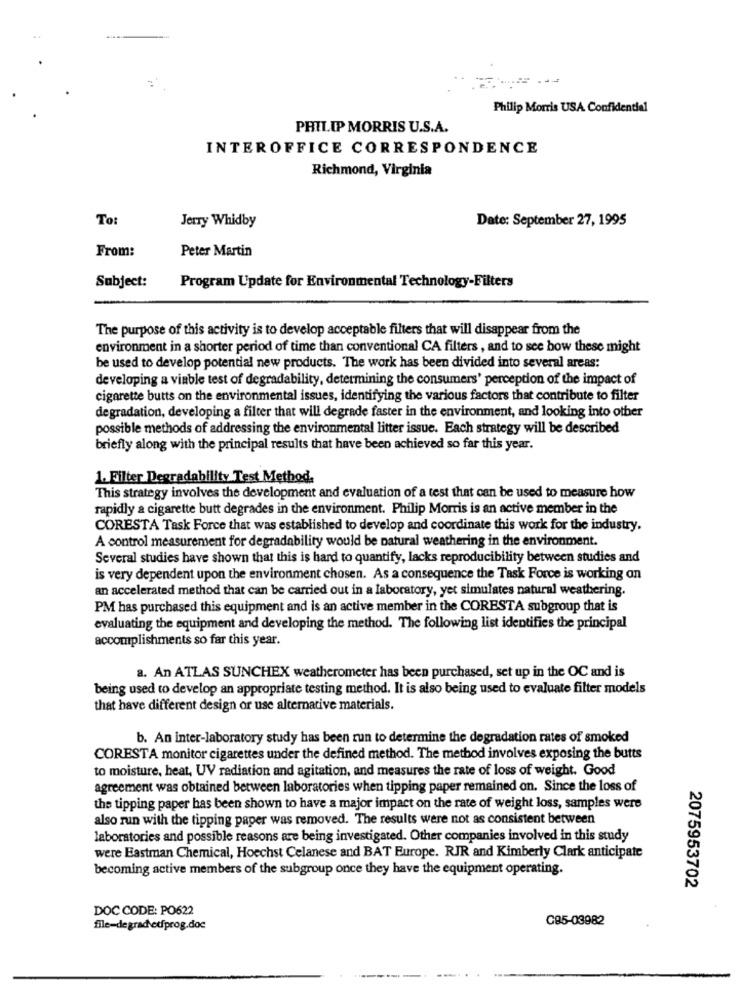
Philip Morris USA Confidential
PHILIP MORRIS U.S.A.
INTEROFFICE CORRESPONDENCE
Richmond, Virginia
To:
Jerry Whidby
Date: September 27, 1995
From:
Peter Martin
Program Update for Environmental Technology-Filters
Subject:
The purpose of this activity is to develop acceptable filters that will disappear from the
environment in a shorter period of time than conventional CA filters, and to see how these might
be used to develop potential new products. The work has been divided into several areas:
developing a viable test of degradability, determining the consumers' perception of the impact of
cigarette butts on the environmental issues, identifying the various factors that contribute to filter
degradation, developing a filter that will degrade faster in the environment, and looking into other
possible methods of addressing the environmental litter issue. Each strategy will be described
briefly along with the principal results that have been achieved so far this year.
1. Filter Degradability Test Method.
This strategy involves the development and evaluation of a test that can be used to measure how
rapidly a cigarette butt degrades in the environment. Philip Morris is an active member in the
CORESTA Task Force that was established to develop and coordinate this work for the industry.
A control measurement for degradability would be natural weathering in the environment.
Several studies have shown that this is hard to quantify, lacks reproducibility between studies and
is very dependent upon the environment chosen. As a consequence the Task Force is working on
an accelerated method that can be carried out in a laboratory, yet simulates natural weathering.
PM has purchased this equipment and is an active member in the CORESTA subgroup that is
evaluating the equipment and developing the method. The following list identifies the principal
accomplishments so far this year.
a. An ATLAS SUNCHEX weatherometer has been purchased, set up in the OC and is
being used to develop an appropriate testing method. It is also being used to evaluate filter models
that have different design or use alternative materials.
b. An inter-laboratory study has been run to determine the degradation rates of smoked
CORESTA monitor cigarettes under the defined method. The method involves exposing the butts
to moisture, heat, UV radiation and agitation, and measures the rate of loss of weight. Good
agreement was obtained between laboratories when tipping paper remained on. Since the loss of
the tipping paper has been shown to have a major impact on the rate of weight loss, samples were
also run with the tipping paper was removed. The results were not as consistent between
laboratories and possible reasons are being investigated. Other companies involved in this study
were Eastman Chemical, Hoechst Celanese and BAT Europe. RJR and Kimberly Clark anticipate
becoming active members of the subgroup once they have the equipment operating.
2075953702
DOC CODE: PO622
C85-03982
file-degrad\etfprog.doc